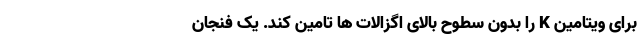
برای ویتامین K را بدون سطوح بالای اگزالات ها تامین کند. یک فنجان